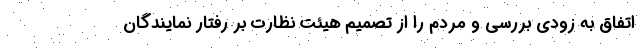
اتفاق به زودی بررسی و مردم را از تصمیم هیئت نظارت بر رفتار نمایندگان